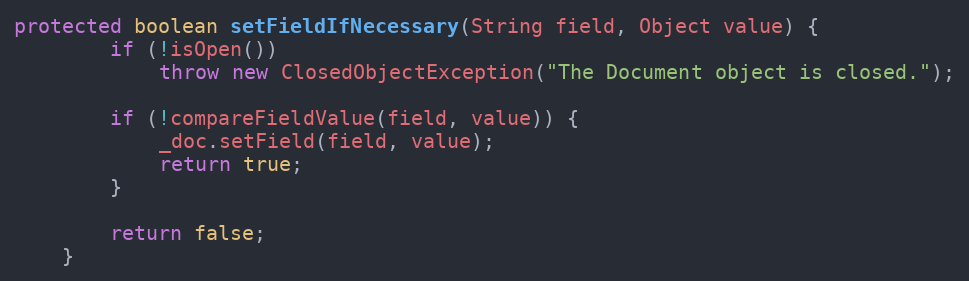
Language: Java
protected boolean setFieldIfNecessary(String field, Object value) {
		if (!isOpen())
			throw new ClosedObjectException("The Document object is closed.");

		if (!compareFieldValue(field, value)) {
			_doc.setField(field, value);
			return true;
		}

		return false;
	}